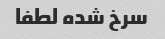
سرخ شده لطفا